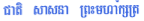
ជាតិ សាសនា ព្រះមហាក្សត្រ